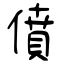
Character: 僨